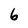
Character: 6